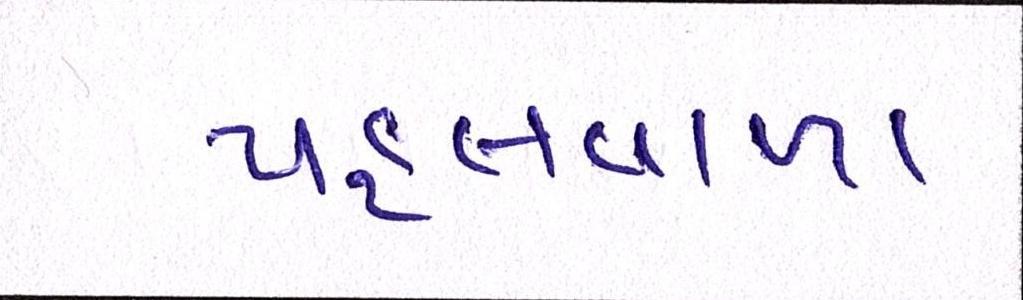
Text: પહલવાળા